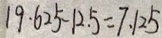
1 9 \cdot 6 2 5 - 1 2 . 5 = 7 . 1 2 5